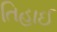
તિહાઈ